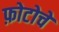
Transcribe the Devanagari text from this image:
फ़ोटोचे